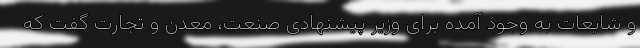
و شایعات به وجود آمده برای وزیر پیشنهادی صنعت، معدن و تجارت گفت که